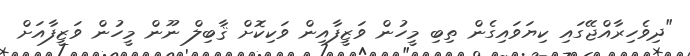
"ދިވެހިރާއްޖޭގައި ކިޔަވައިގެން ތިބި މީހުން ވަޒީފާއިން ވަކިކޮށް ޤާބިލް ނޫން މީހުން ވަޒީފާއަށް